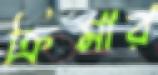
ক্রিমার